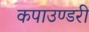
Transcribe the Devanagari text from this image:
कपाउण्डरी